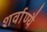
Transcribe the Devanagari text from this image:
शर्वाण्यै